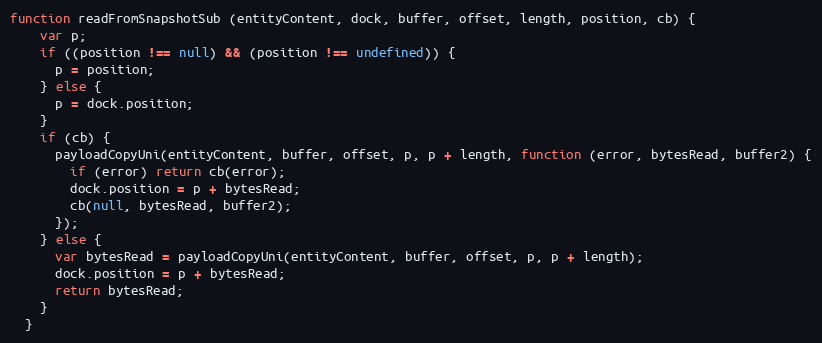
Language: JavaScript
function readFromSnapshotSub (entityContent, dock, buffer, offset, length, position, cb) {
    var p;
    if ((position !== null) && (position !== undefined)) {
      p = position;
    } else {
      p = dock.position;
    }
    if (cb) {
      payloadCopyUni(entityContent, buffer, offset, p, p + length, function (error, bytesRead, buffer2) {
        if (error) return cb(error);
        dock.position = p + bytesRead;
        cb(null, bytesRead, buffer2);
      });
    } else {
      var bytesRead = payloadCopyUni(entityContent, buffer, offset, p, p + length);
      dock.position = p + bytesRead;
      return bytesRead;
    }
  }